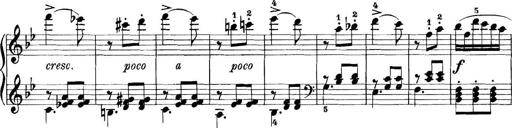
Title: 11 Sonatinas
Composer: Anton Diabelli